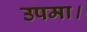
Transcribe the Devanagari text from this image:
उपमा।